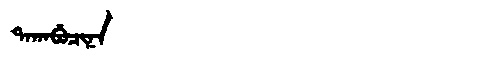
Manchu: ᡨᠠᡴᠠᠪᡠᠴᡳᠨᠠ
Romanization: TAKABUCINA